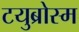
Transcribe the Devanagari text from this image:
टयुब्रोस्म